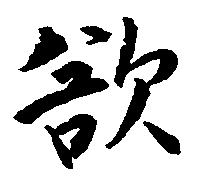
欲